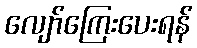
လျော်ကြေးပေးရန်